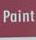
paint